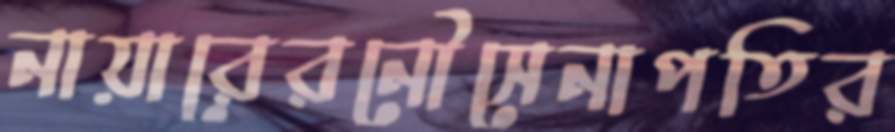
নায়ারেরনৌসেনাপতির